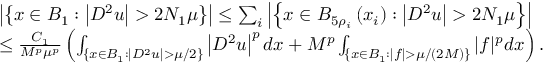
\begin{array} { r l } & { \left| \left\{ x \in B _ { 1 } : \left| D ^ { 2 } u \right| > 2 N _ { 1 } \mu \right\} \right| \leq \sum _ { i } \left| \left\{ x \in B _ { 5 \rho _ { i } } \left( x _ { i } \right) : \left| D ^ { 2 } u \right| > 2 N _ { 1 } \mu \right\} \right| } \\ & { \leq \frac { C _ { 1 } } { M ^ { p } \mu ^ { p } } \left( \int _ { \left\{ x \in B _ { 1 } : \left| D ^ { 2 } u \right| > \mu / 2 \right\} } \left| D ^ { 2 } u \right| ^ { p } d x + M ^ { p } \int _ { \left\{ x \in B _ { 1 } : | f | > \mu / ( 2 M ) \right\} } | f | ^ { p } d x \right) . } \end{array}